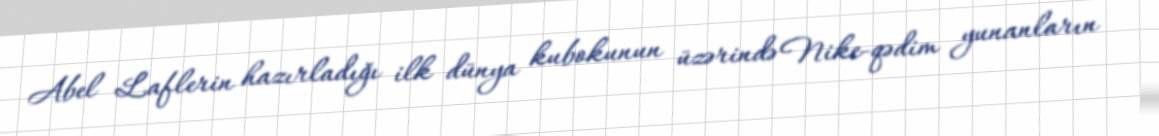
Abel Laflerin hazırladığı ilk dünya kubokunun üzərində Nike-qədim yunanların